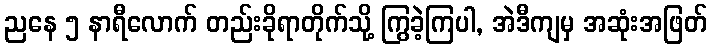
ညနေ ၅ နာရီလောက် တည်းခိုရာတိုက်သို့ ကြွခဲ့ကြပါ, အဲဒီကျမှ အဆုံးအဖြတ်